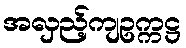
အလှည့်ကျဥက္ကဋ္ဌ